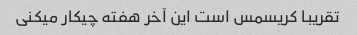
تقریبا کریسمس است این آخر هفته چیکار میکنی